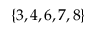
\{ 3 , 4 , 6 , 7 , 8 \}